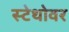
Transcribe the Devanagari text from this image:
स्टेथोवर